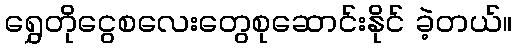
ရွှေတိုငွေစလေးတွေစုဆောင်းနိုင် ခဲ့တယ်။